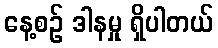
နေ့စဉ် ဒါနမှု ရှိပါတယ်